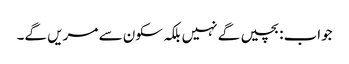
جواب:بچیں گے نہیں بلکہ سکون سے مریں گے۔